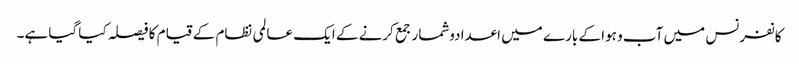
کانفرنس میں آب و ہوا کے بارے میں اعدادوشمار جمع کرنے کے ایک عالمی نظام کے قیام کا فیصلہ کیا گیا ہے۔